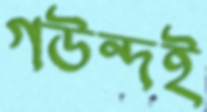
গউন্দই